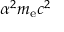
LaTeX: \alpha ^ { 2 } m _ { \mathrm { e } } c ^ { 2 }